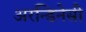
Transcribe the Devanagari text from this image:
अरन्डिनेसी